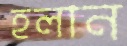
হলান